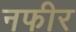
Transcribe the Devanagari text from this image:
नफीर